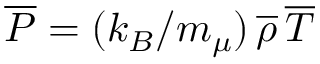
\overline { { P } } = ( k _ { B } / m _ { \mu } ) \, \overline { { \rho } } \, \overline { { T } }